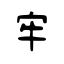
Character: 牢